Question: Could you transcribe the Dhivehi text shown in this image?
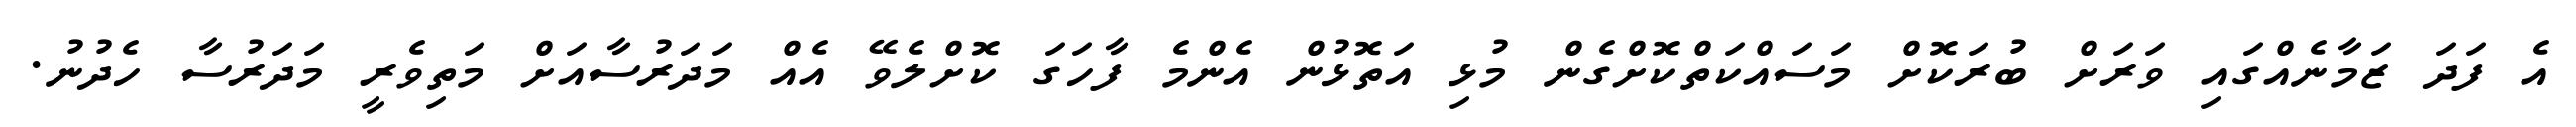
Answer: އެ ފަދަ ޒަމާނެއްގައި ވަރަށް ބުރަކޮށް މަސައްކަތްކޮށްގެން މުޅި އަތޮޅުން އެންމެ ފާހަގަ ކޮށްލެވޭ އެއް މަދަރުސާއަށް މަތިވެރީ މަދަރުސާ ހެދުނު.